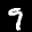
Label: 9